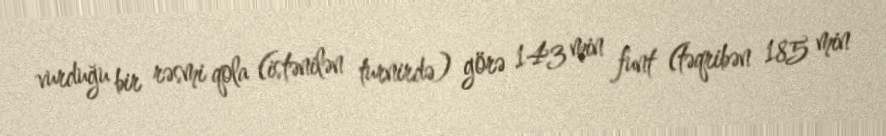
vurduğu bir rəsmi qola (istənilən turnirdə) görə 143 min funt (təqribən 185 min